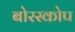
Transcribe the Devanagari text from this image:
बोरस्कोप